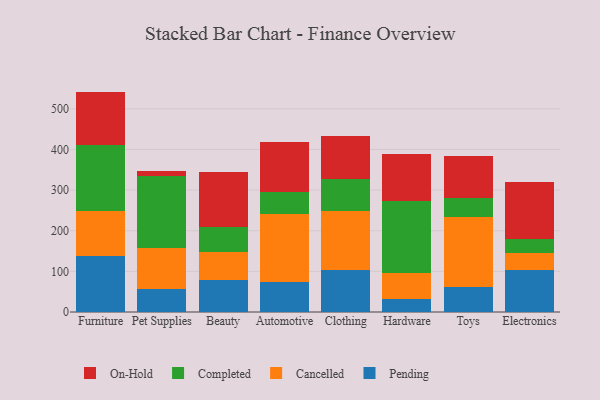
{"axis": {"x": "Category", "y": "Bounce Rate (%)"}, "legend": ["Cancelled", "Completed", "On-Hold", "Pending"], "data": [{"x": "Furniture", "y": 136.6, "type": "Pending"}, {"x": "Furniture", "y": 112.3, "type": "Cancelled"}, {"x": "Furniture", "y": 163.3, "type": "Completed"}, {"x": "Furniture", "y": 130.2, "type": "On-Hold"}, {"x": "Pet Supplies", "y": 56.0, "type": "Pending"}, {"x": "Pet Supplies", "y": 102.0, "type": "Cancelled"}, {"x": "Pet Supplies", "y": 176.8, "type": "Completed"}, {"x": "Pet Supplies", "y": 12.8, "type": "On-Hold"}, {"x": "Beauty", "y": 77.7, "type": "Pending"}, {"x": "Beauty", "y": 70.0, "type": "Cancelled"}, {"x": "Beauty", "y": 61.5, "type": "Completed"}, {"x": "Beauty", "y": 135.4, "type": "On-Hold"}, {"x": "Automotive", "y": 73.1, "type": "Pending"}, {"x": "Automotive", "y": 167.6, "type": "Cancelled"}, {"x": "Automotive", "y": 54.3, "type": "Completed"}, {"x": "Automotive", "y": 122.7, "type": "On-Hold"}, {"x": "Clothing", "y": 102.7, "type": "Pending"}, {"x": "Clothing", "y": 145.4, "type": "Cancelled"}, {"x": "Clothing", "y": 78.3, "type": "Completed"}, {"x": "Clothing", "y": 107.6, "type": "On-Hold"}, {"x": "Hardware", "y": 31.3, "type": "Pending"}, {"x": "Hardware", "y": 65.9, "type": "Cancelled"}, {"x": "Hardware", "y": 174.8, "type": "Completed"}, {"x": "Hardware", "y": 115.9, "type": "On-Hold"}, {"x": "Toys", "y": 60.7, "type": "Pending"}, {"x": "Toys", "y": 172.7, "type": "Cancelled"}, {"x": "Toys", "y": 46.1, "type": "Completed"}, {"x": "Toys", "y": 105.4, "type": "On-Hold"}, {"x": "Electronics", "y": 102.8, "type": "Pending"}, {"x": "Electronics", "y": 42.1, "type": "Cancelled"}, {"x": "Electronics", "y": 35.1, "type": "Completed"}, {"x": "Electronics", "y": 139.5, "type": "On-Hold"}]}